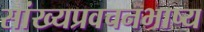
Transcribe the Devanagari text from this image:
सांख्यप्रवचनभाष्य